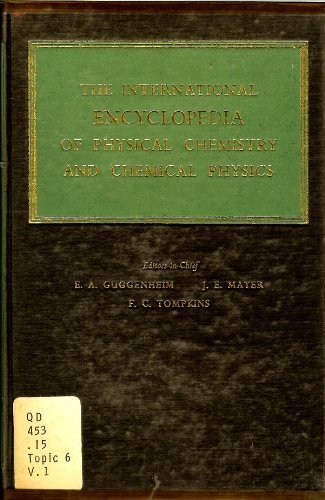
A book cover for Elements of the Kinetic Theory of Gases (The International Encyclopedia of Physical Chemistry and Chemical Physics); E A Guggenheim; Science & Math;